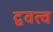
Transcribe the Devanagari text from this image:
द्ववत्व